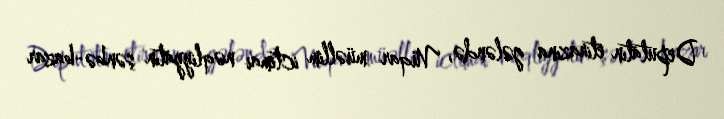
Deputatın etirazına gələndə, Vüqar müəllim ictimai nəqliyyatın şənbə-bazar